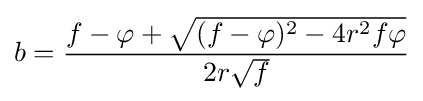
b={\frac {f-\varphi +{\sqrt {(f-\varphi )^{2}-4r^{2}f\varphi }}}{2r{\sqrt {f}}}}